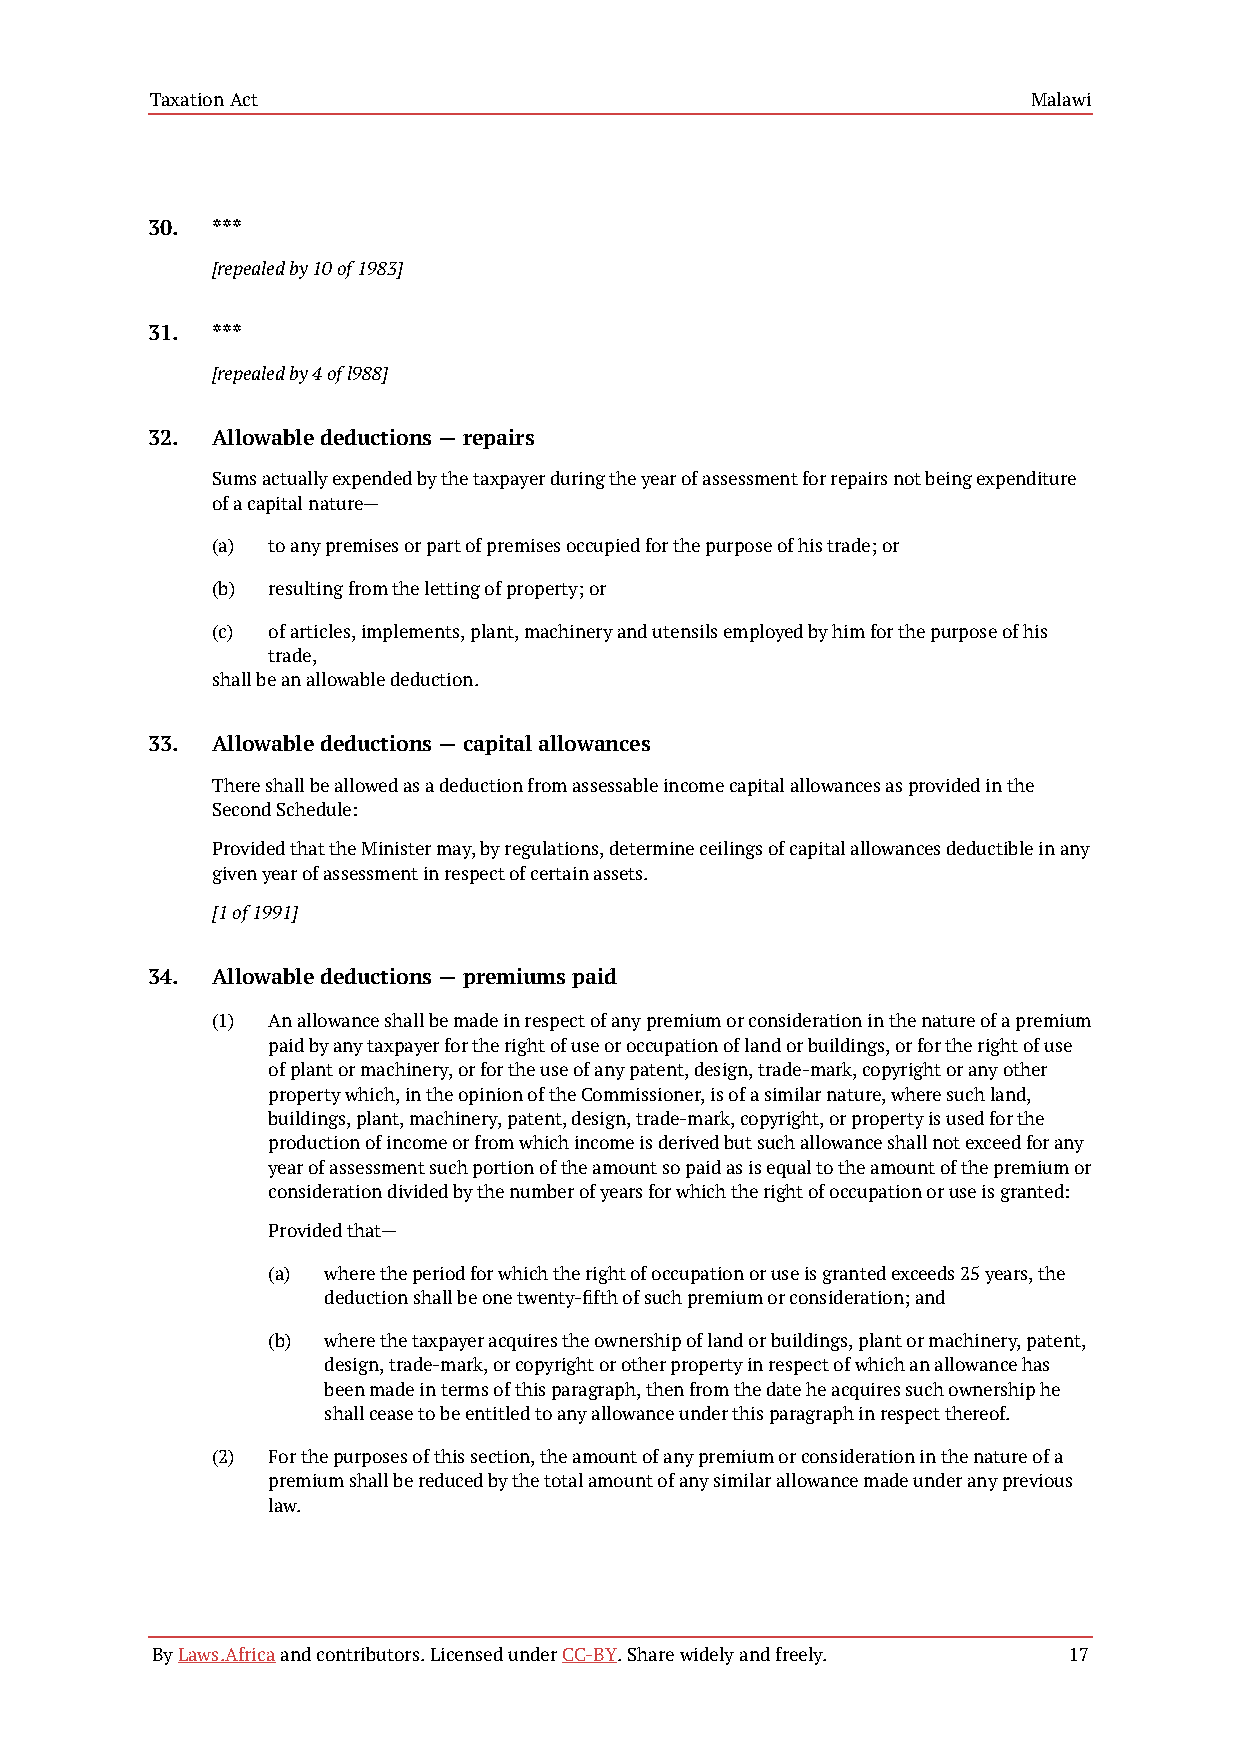
Taxation Act                                              Malawi
 30. ***
 [repealed by 10 of 1983]
 31. ***
 [repealed by 4 of l988]
 32. Allowable deductions — repairs
 Sums actually expended by the taxpayer during the year of assessment for repairs not being expenditure
 of a capital nature—
 (a) to any premises or part of premises occupied for the purpose of his trade; or
 (b) resulting from the letting of property; or
 (c) of articles, implements, plant, machinery and utensils employed by him for the purpose of his
 trade,
 shall be an allowable deduction.
 33. Allowable deductions — capital allowances
 There shall be allowed as a deduction from assessable income capital allowances as provided in the
 Second Schedule:
 Provided that the Minister may, by regulations, determine ceilings of capital allowances deductible in any
 given year of assessment in respect of certain assets.
 [1 of 1991]
 34. Allowable deductions — premiums paid
 (1) An allowance shall be made in respect of any premium or consideration in the nature of a premium
 paid by any taxpayer for the right of use or occupation of land or buildings, or for the right of use
 of plant or machinery, or for the use of any patent, design, trade-mark, copyright or any other
 property which, in the opinion of the Commissioner, is of a similar nature, where such land,
 buildings, plant, machinery, patent, design, trade-mark, copyright, or property is used for the
 production of income or from which income is derived but such allowance shall not exceed for any
 year of assessment such portion of the amount so paid as is equal to the amount of the premium or
 consideration divided by the number of years for which the right of occupation or use is granted:
 Provided that—
 (a) where the period for which the right of occupation or use is granted exceeds 25 years, the
 deduction shall be one twenty-fifth of such premium or consideration; and
 (b) where the taxpayer acquires the ownership of land or buildings, plant or machinery, patent,
 design, trade-mark, or copyright or other property in respect of which an allowance has
 been made in terms of this paragraph, then from the date he acquires such ownership he
 shall cease to be entitled to any allowance under this paragraph in respect thereof.
 (2) For the purposes of this section, the amount of any premium or consideration in the nature of a
 premium shall be reduced by the total amount of any similar allowance made under any previous
 law.
 By Laws.Africa and contributors. Licensed under CC-BY. Share widely and freely. 17